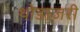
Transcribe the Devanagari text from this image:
थोडाजरी